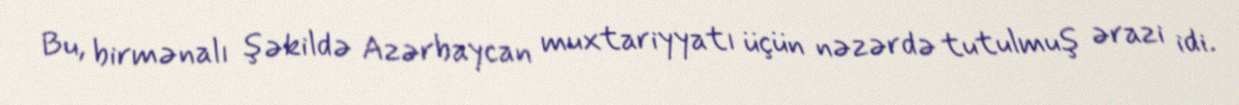
Bu, birmənalı şəkildə Azərbaycan muxtariyyatı üçün nəzərdə tutulmuş ərazi idi.